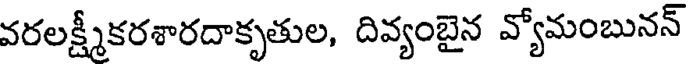
వరలక్ష్మీకరశారదాకృతుల, దివ్యంబైన వ్యోమంబునన్